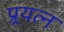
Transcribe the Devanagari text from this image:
प्र्रयत्न